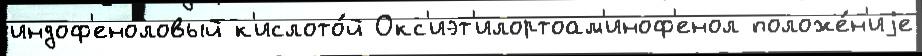
индоф'еноловый к'ислото́й Окс'иэт'илортоам'иноф'енол положе́н'иjе